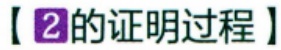
【2的证明过程】